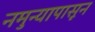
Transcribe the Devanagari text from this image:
नमुन्यापासून